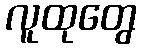
လူထုတွေ